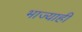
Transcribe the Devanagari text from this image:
भाज्याही